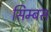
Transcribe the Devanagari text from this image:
सिम्बस